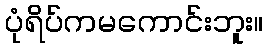
ပုံရိပ်ကမကောင်းဘူး။